Annual report on the lock hospitals of the Madras Presidency
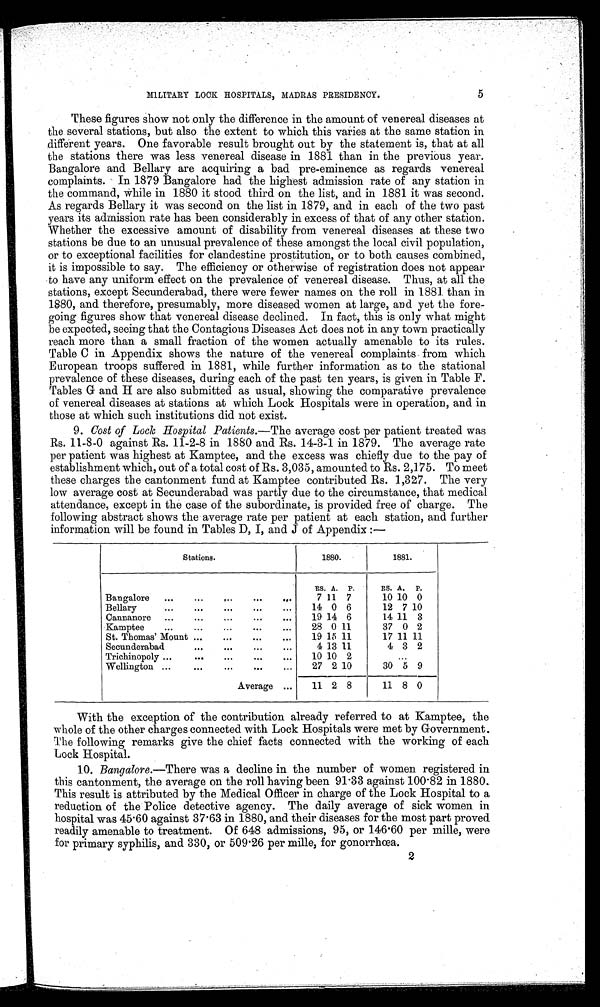
5
MILITARY LOCK HOSPITALS, MADRAS PRESIDENCY.
These figures show not only the difference in the amount of venereal diseases at
the several stations, but also the extent to which this varies at the same station in
different years. One favorable result brought out by the statement is, that at all
the stations there was less venereal disease in 1881 than in the previous year.
Bangalore and Bellary are acquiring a bad pre-eminence as regards venereal
complaints. In 1879 Bangalore had the highest admission rate of any station in
the command, While in 1880 it stood third on the list, and in 1881 it was second.
As regards Bellary it was second on the list in 1879, and in each of the two past
years its admission rate has been considerably in excess of that of any other station.
Whether the excessive amount of disability from venereal diseases at these two
stations be due to an unusual prevalence of these amongst the local civil population,
or to exceptional facilities for clandestine prostitution, or to both causes combined,
it is impossible to say. The efficiency or otherwise of registration does not appear
to have any uniform effect on the prevalence of venereal disease. Thus, at all the
stations, except Secunderabad, there were fewer names on the roll in 1881 than in
1880, and therefore, presumably, more diseased women at large, and yet the fore-
going figures show that venereal disease declined. In fact, this is only what might
be expected, seeing that the Contagious Diseases Act does not in any town practically
reach more than a small fraction of the women actually amenable to its rules.
Table C in Appendix shows the nature of the venereal complaints from which
European troops suffered in 1881, while further information as to the stational
prevalence of these diseases, during each of the past ten years, is given in Table F.
Tables G and H are also submitted as usual, showing the comparative prevalence
of venereal diseases at stations at which Lock Hospitals were in operation, and in
those at which such institutions did not exist.
9. Cost of Lock Hospital Patients .—The average cost per patient treated was
Rs. 11–8–0 against Rs. 11–2–8 in 1880 and Rs. 14–3–1 in 1879. The average rate
per patient was highest at Kamptee, and the excess was chiefly due to the pay of
establishment which, out of a total cost of Rs. 3,035, amounted to Rs. 2,175. To meet
these charges the cantonment fund at Kamptee contributed Rs. 1,327. The very
low average cost at Secunderabad was partly due to the circumstance, that medical
attendance, except in the case of the subordinate, is provided free of charge. The
following abstract shows the average rate per patient at each station, and further
information will be found in Tables D, I, and J of Appendix :—
Stations.
1880.
1881.
RS.
A. P.
RS. A.
P.
Bangalore
...
...
...
...
...
7 11 7
10 10 0
Bellary
...
...
...
...
...
14 0 6
12 7 10
Cannanore
...
...
...
...
...
19 14 6
14 11 3
Kamptee
...
...
...
...
...
28 0 11
37 0 2
St. Thomas' Mount ...
...
...
...
19 15 11
17 11 11
Secunderabad
...
...
...
...
4 13 11
4 3 2
Trichinopoly ...
...
...
...
...
10 10 2
...
Wellington ...
...
... ...
...
27 2 10
30 5 9
Average ...
11 2 8
11 8 0
With the exception of the contribution already referred to at Kamptee, the
whole of the other charges connected with Lock Hospitals were met by Government.
The following remarks give the chief facts connected with the working of each
Lock Hospital.
10. Bangalore .—There was a decline in the number of women registered in
this cantonment, the average on the roll having been 91.33 against 100.82 in 1880.
This result is attributed by the Medical Officer in charge of the Lock Hospital to a
reduction of the Police detective agency. The daily average of sick women in
hospital was 45.60 against 37.63 in 1880, and their diseases for the most part proved
readily amenable to treatment. Of 648 admissions, 95, or 146.60 per mille, were
for primary syphilis, and 330, or 509 . 26 per mille, for gonorrhœa.
2